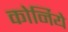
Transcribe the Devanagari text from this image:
कोर्निये